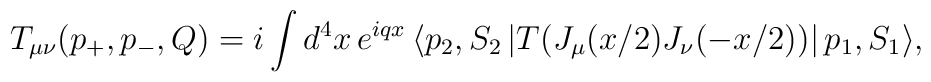
T_{\mu\nu}(p_+,p_-,Q) = i \int d^4x \,e^{iqx}\,\langle p_2, S_2\,|T (J_{\mu}(x/2) J_{\nu}(-x/2))|\,p_1,S_1\rangle,